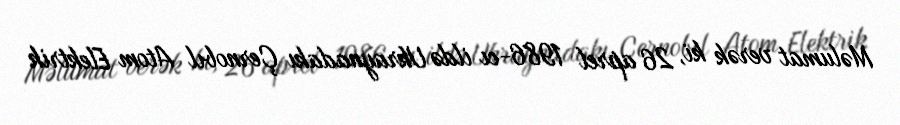
Məlumat verək ki, 26 aprel 1986-cı ildə Ukraynadakı Çernobıl Atom Elektrik